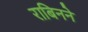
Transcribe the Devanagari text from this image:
राबिनने